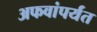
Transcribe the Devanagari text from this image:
अफवांपर्यंत